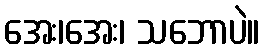
အေး၊အေး၊ သဘောပဲ။